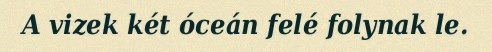
A vizek két óceán felé folynak le.